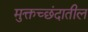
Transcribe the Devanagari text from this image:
मुक्तच्छंदातील